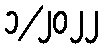
၁/၂၀၂၂